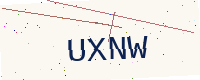
Text: UXNW